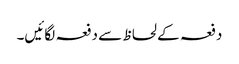
دفعہ کے لحاظ سے دفعہ لگائیں۔